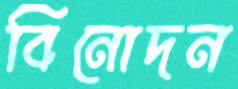
বিনোদন